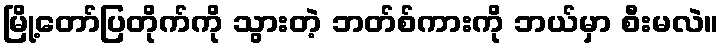
မြို့တော်ပြတိုက်ကို သွားတဲ့ ဘတ်စ်ကားကို ဘယ်မှာ စီးမလဲ။